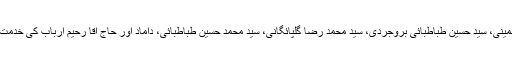
قم میں سید روح اللہ خمینی، سید حسین طباطبائی بروجردی، سید محمد رضا گلپائگانی، سید محمد حسین طباطبائی، داماد اور حاج اقا رحیم ارباب کی خدمت میں زانو تلمذ تہہ کیا۔